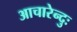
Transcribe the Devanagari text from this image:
आचारेन्दुः